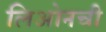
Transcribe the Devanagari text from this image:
लिओनची